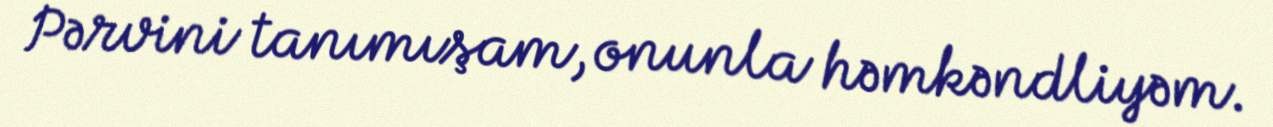
Pərvini tanımışam, onunla həmkəndliyəm.